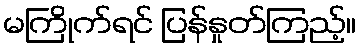
မကြိုက်ရင် ပြန်နှုတ်ကြည့်။